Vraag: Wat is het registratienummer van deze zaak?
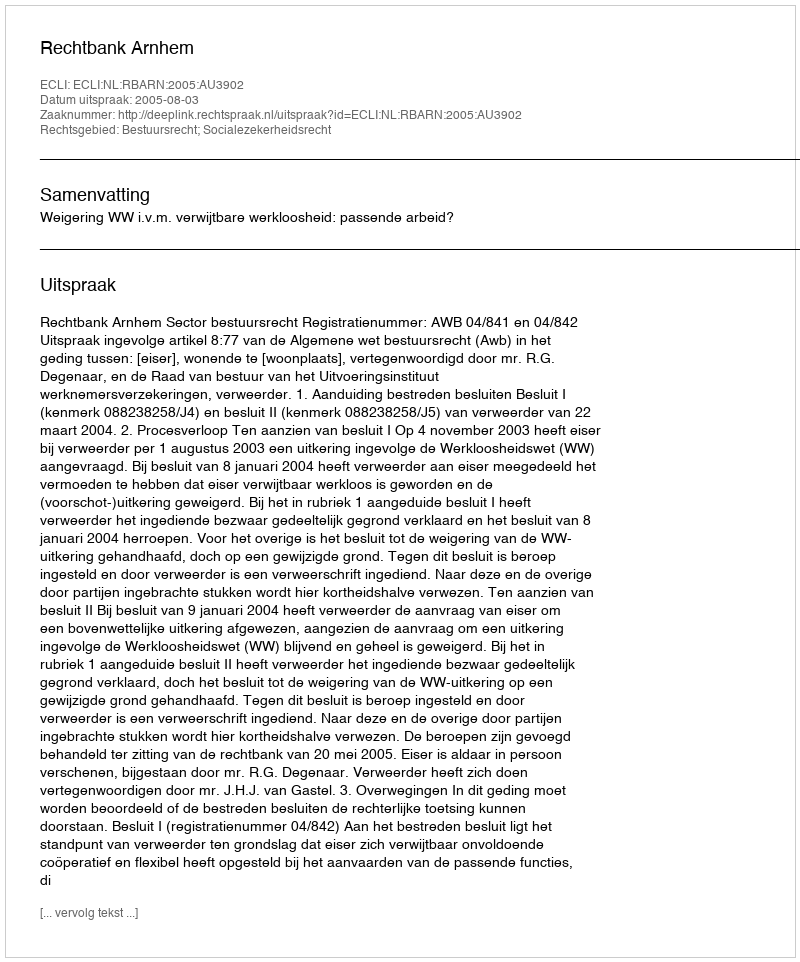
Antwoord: http://deeplink.rechtspraak.nl/uitspraak?id=ECLI:NL:RBARN:2005:AU3902